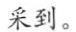
采到。